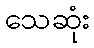
သေဆုံး